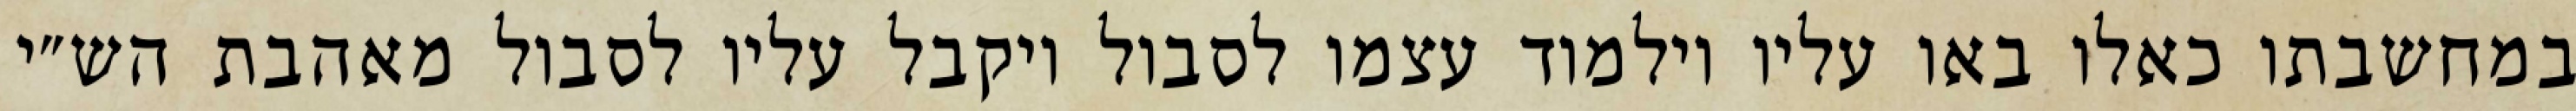
במחשבתו כאלו באו עליו וילמוד עצמו לסבול ויקבל עליו לסבול מאהבת הש״י